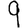
Digit: 9